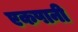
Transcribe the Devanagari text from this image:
एकपानी